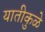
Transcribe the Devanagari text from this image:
यातीकुळे